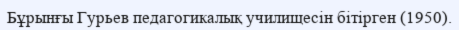
Бұрынғы Гурьев педагогикалық училищесін бітірген (1950).